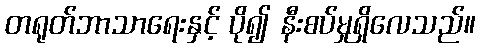
တရုတ်ဘာသာရေးနှင့် ပို၍ နီးစပ်မှုရှိလေသည်။